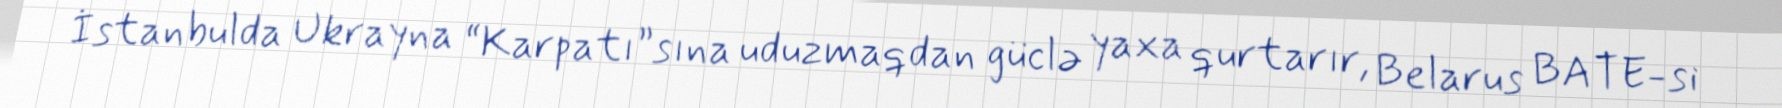
İstanbulda Ukrayna “Karpatı”sına uduzmaqdan güclə yaxa qurtarır, Belarus BATE-si